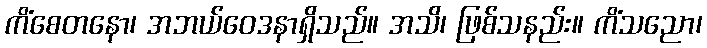
ကိံစေတနော၊ အဘယ်ဝေဒနာရှိသည်။ အသိ၊ ဖြစ်သနည်း။ ကိံသညော၊